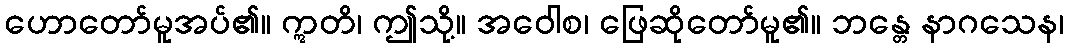
ဟောတော်မူအပ်၏။ ဣတိ၊ ဤသို့။ အဝေါစ၊ ဖြေဆိုတော်မူ၏။ ဘန္တေ နာဂသေန၊